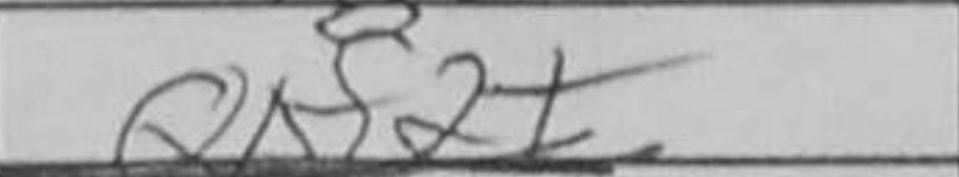
Transcription: Qxf2+